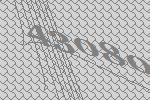
43080